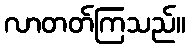
လာတတ်ကြသည်။